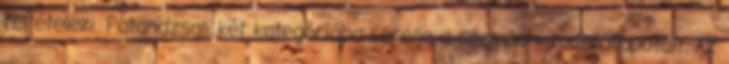
feltételezi. Patandzsali két kategóriába sorolja a szamádhi tudatállapotait. Az